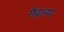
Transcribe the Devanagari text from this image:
गैबान्या